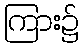
ကြား၌